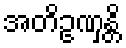
အတိဥဏှန္တိ